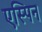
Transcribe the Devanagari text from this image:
एस्पिन